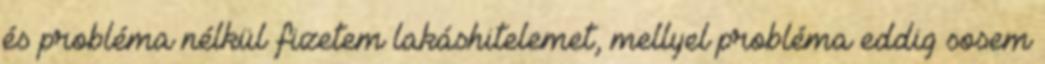
és probléma nélkül fizetem lakáshitelemet, mellyel probléma eddig sosem